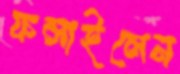
ফলাইলেন